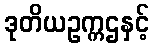
ဒုတိယဥက္ကဌနှင့်